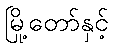
မြို့တော်နှင့်